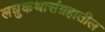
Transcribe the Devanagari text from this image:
लघुकथासंग्रहातील